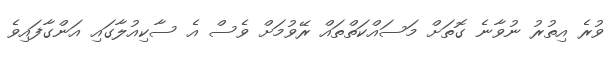
ވުރެ އިތުރު ނުވާނެ ގޮތަށް މަސައްކަތްތައް ރޭވުމަށް ވެސް އެ ސާކިއުލާގައި އަންގާފައިވެ